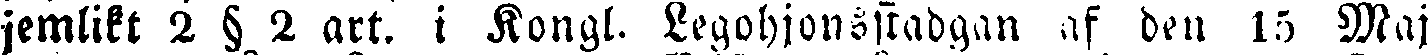
jemlikt 2 § 2 art., i Kongl. Legohjonssradgan af den 15 Maj